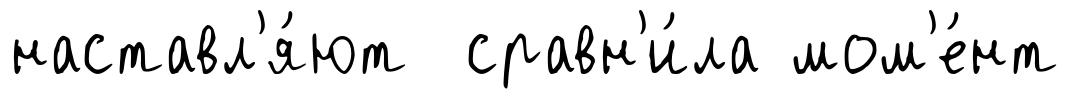
наставл'я́ют сравн'и́ла мом'е́нт